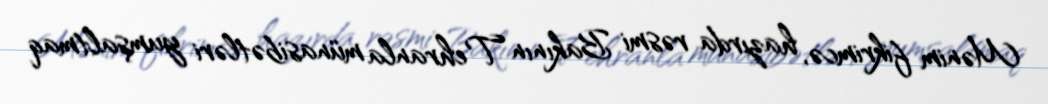
Mənim fikrimcə, hazırda rəsmi Bakının Tehranla münasibətləri yumşaltmaq